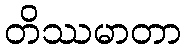
တိဿမာတာ